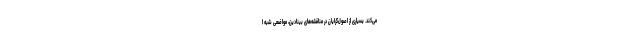
می‌کند. بسیاری از اصول‌گرایان در مناقشه‌های بینادین، مواضعی شبه ا